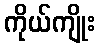
ကိုယ်ကျိုး